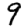
Digit: 9